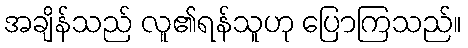
အချိန်သည် လူ၏ရန်သူဟု ပြောကြသည်။